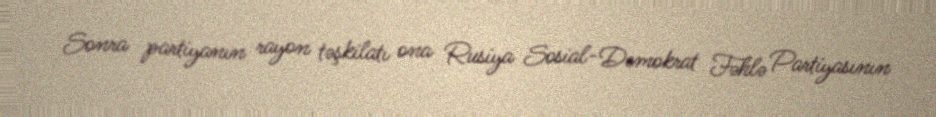
Sonra partiyanın rayon təşkilatı ona Rusiya Sosial-Demokrat Fəhlə Partiyasının